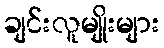
ချင်းလူမျိုးများ